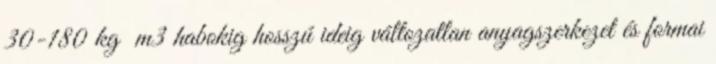
30-180 kg m3 habokig hosszú ideig változatlan anyagszerkezet és formai